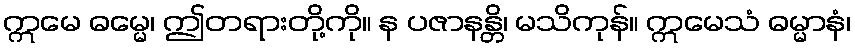
ဣမေ ဓမ္မေ၊ ဤတရားတို့ကို။ န ပဇာနန္တိ၊ မသိကုန်။ ဣမေသံ ဓမ္မာနံ၊